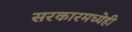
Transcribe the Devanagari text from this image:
सरकारमध्येही